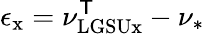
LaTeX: \epsilon_{\mathrm{x}}=\nu_{\mathrm{LGSUx}}^{\mathsf{T}}-\nu_{\ast}